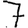
Digit: 7